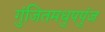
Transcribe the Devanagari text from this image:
गुंजितमधुपपुंज